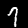
Label: 9